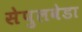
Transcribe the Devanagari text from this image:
सेपुलवेडा